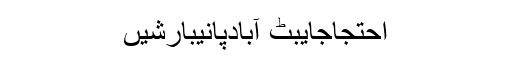
احتجاجایبٹ آبادپانیبارشیں